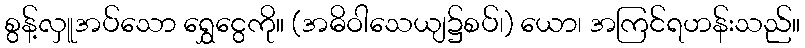
စွန့်လှူအပ်သော ရွှေငွေကို။ (အဓိဝါသေယျ၌စပ်၊) ယော၊ အကြင်ရဟန်းသည်။